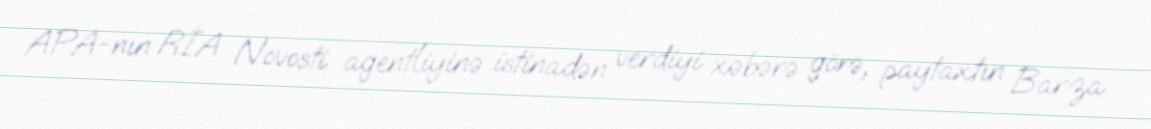
APA-nın RİA Novosti agentliyinə istinadən verdiyi xəbərə görə, paytaxtın Barza